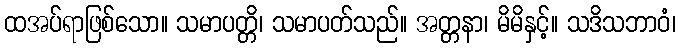
ထအပ်ရာဖြစ်သော။ သမာပတ္တိ၊ သမာပတ်သည်။ အတ္တနာ၊ မိမိနှင့်။ သဒိသဘာဝံ၊